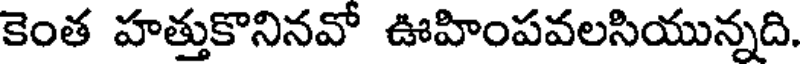
కెంత హత్తుకొనినవో ఊహింపవలసియున్నది.